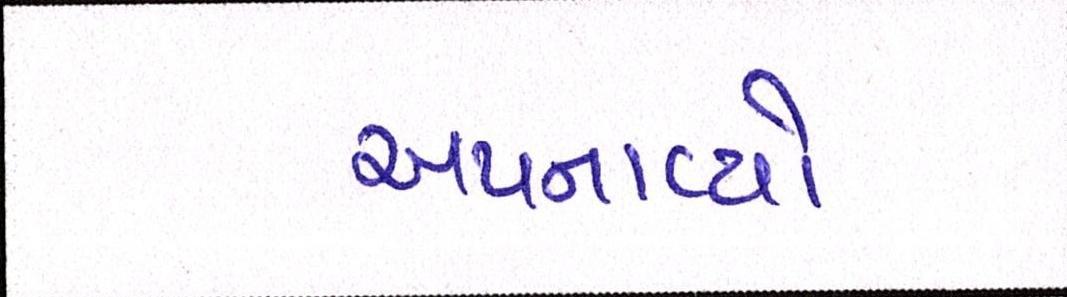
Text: અપનાવ્યો